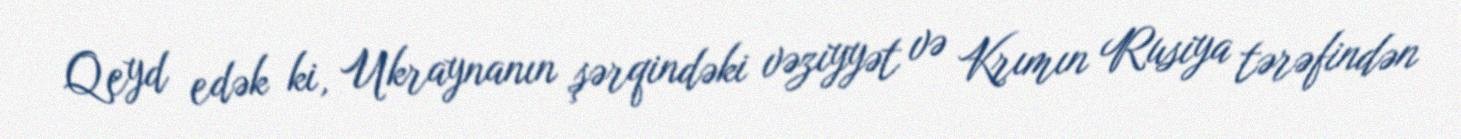
Qeyd edək ki, Ukraynanın şərqindəki vəziyyət və Krımın Rusiya tərəfindən